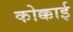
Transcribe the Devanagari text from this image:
कोक्काई